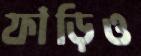
ফাঁড়িও